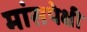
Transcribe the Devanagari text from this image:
मांसपेक्षी